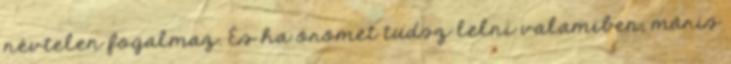
névtelen fogalmaz. És ha örömet tudsz lelni valamiben, máris